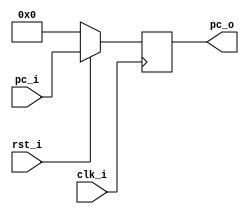
/***************************************************
Student Name:aBPs
Student ID: group11_0816012_0816028 
***************************************************/


   `timescale 1ns/1ps

   module ProgramCounter(
       input               clk_i,
       input               rst_i,
       input      [32-1:0] pc_i,
       output reg [32-1:0] pc_o
   );

   always @(posedge clk_i) begin
       if(~rst_i)
           pc_o <= 0;
       else
           pc_o <= pc_i;
   end

   endmodule